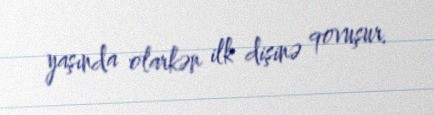
yaşında olarkən ilk dişinə qovuşur.